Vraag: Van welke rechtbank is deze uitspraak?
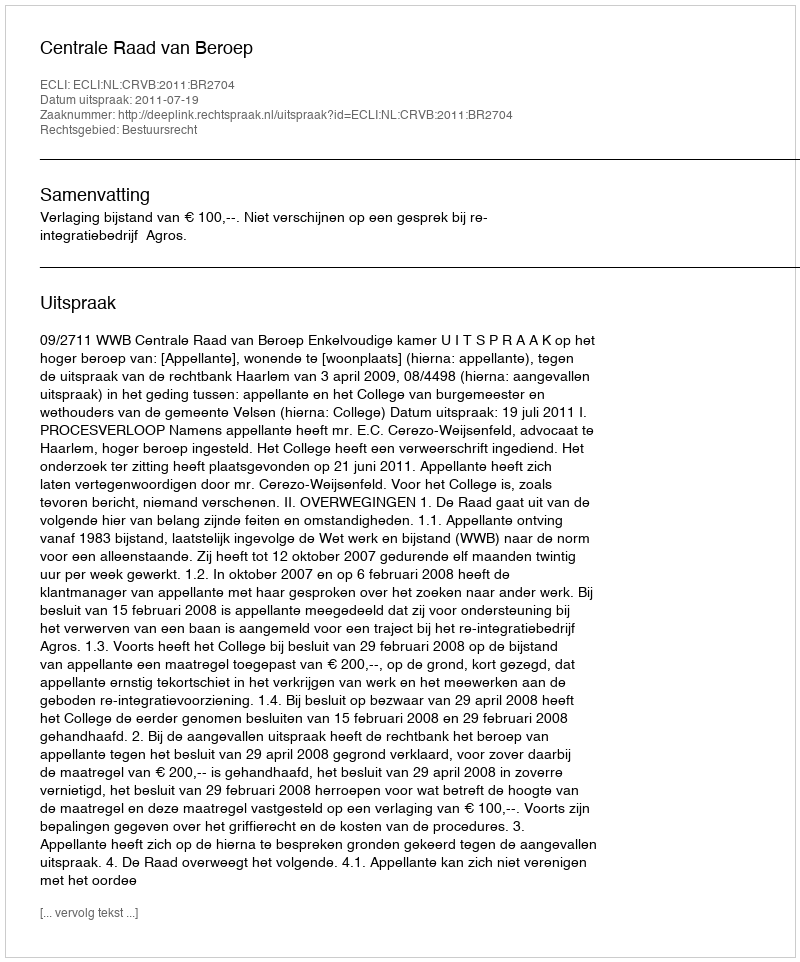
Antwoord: Centrale Raad van Beroep